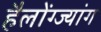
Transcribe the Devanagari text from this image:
हैलोंग्ज्यांग